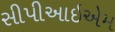
સીપીઆઇએમ